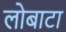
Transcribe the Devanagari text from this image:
लोबाटा